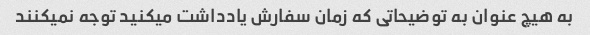
به هیچ عنوان به توضیحاتی که زمان سفارش یادداشت میکنید توجه نمیکنند